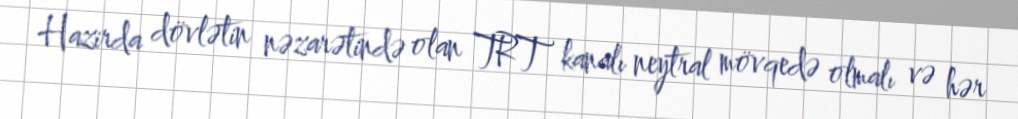
Hazirda dövlətin nəzarətində olan TRT kanalı neytral mövqedə olmalı və hər